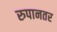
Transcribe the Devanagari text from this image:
रुपानतर